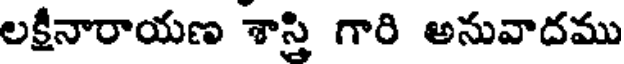
లక్షీనారాయణ శాస్తి గారి అనువాదము